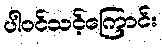
ပါဝင်သင့်ကြောင်း